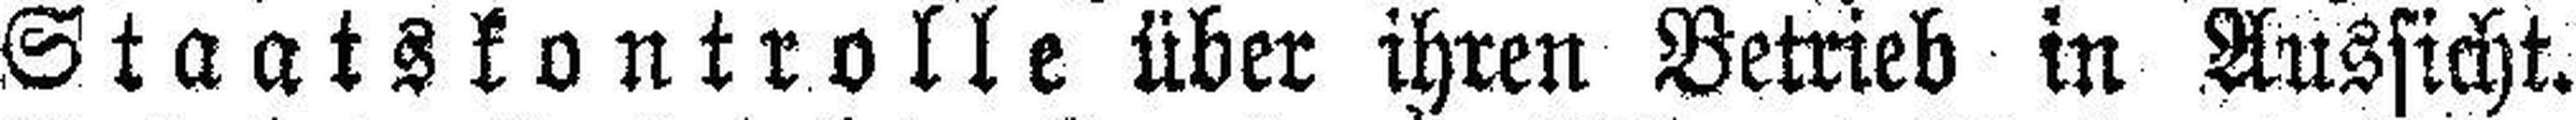
Staatskontrolle über ihren Betrieb in Aussicht.